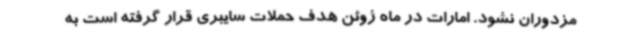
مزدوران نشود. امارات در ماه ژوئن هدف حملات سایبری قرار گرفته است به